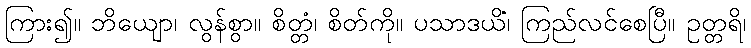
ကြား၍။ ဘိယျော၊ လွန်စွာ။ စိတ္တံ၊ စိတ်ကို။ ပသာဒယိံ၊ ကြည်လင်စေပြီ။ ဥတ္တရိ၊